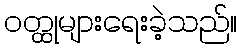
ဝတ္ထုများရေးခဲ့သည်။